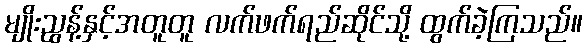
မျိုးညွန့်နှင့်အတူတူ လက်ဖက်ရည်ဆိုင်သို့ ထွက်ခဲ့ကြသည်။